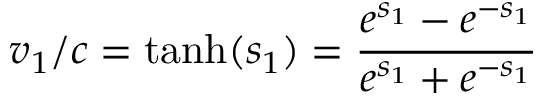
v _ { 1 } / c = { \mathrm { t a n h } } ( s _ { 1 } ) = { \frac { e ^ { s _ { 1 } } - e ^ { - s _ { 1 } } } { e ^ { s _ { 1 } } + e ^ { - s _ { 1 } } } }